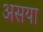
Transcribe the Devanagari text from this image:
असया